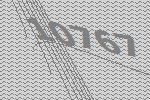
10767